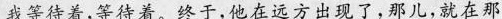
我等待着,等待着。终于,他在远方出现了,那儿,就在那